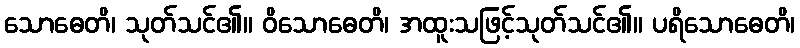
သောဓေတိ၊ သုတ်သင်၏။ ဝိသောဓေတိ၊ အထူးသဖြင့်သုတ်သင်၏။ ပရိသောဓေတိ၊